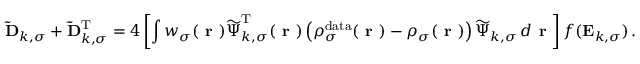
\mathbf { \widetilde { D } } _ { k , \sigma } + \mathbf { \widetilde { D } } _ { k , \sigma } ^ { \mathrm { T } } = 4 \left[ \int w _ { \sigma } ( \boldsymbol { \textbf { r } } ) \boldsymbol { \widetilde { \Psi } } _ { k , \sigma } ^ { \mathrm { T } } ( \boldsymbol { \textbf { r } } ) \left( \rho _ { \sigma } ^ { \mathrm { d a t a } } ( \boldsymbol { \textbf { r } } ) - \rho _ { \sigma } ( \boldsymbol { \textbf { r } } ) \right) \boldsymbol { \widetilde { \Psi } } _ { k , \sigma } \, d \boldsymbol { \textbf { r } } \right] f ( \mathbf { E } _ { k , \sigma } ) \, .